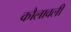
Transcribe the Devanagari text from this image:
कौलावली